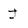
Character: J